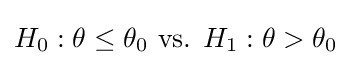
H_{0}:\theta \leq \theta _{0}{\text{ vs. }}H_{1}:\theta >\theta _{0}